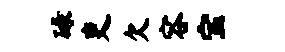
碌吏欠容宝